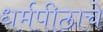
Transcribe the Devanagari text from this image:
धर्मपीठाचे